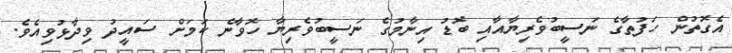
އެގޮތުން ހަފުތާގެ ނަސީބުވެރިޔާއާއި ބޮޑު އިނާމުގެ ނަސީބުވެރިޔާ ހޮވާނެ ކަމަށް ސައީދު ވިދާޅުވިއެވެ.